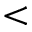
<